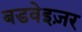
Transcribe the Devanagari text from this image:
बडवेइज़र